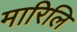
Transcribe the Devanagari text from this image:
मारिलि